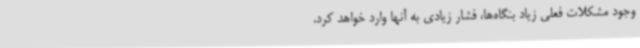
وجود مشکلات فعلی زیاد بنگاه‌ها، فشار زیادی به آنها وارد خواهد کرد.